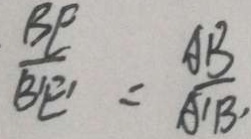
\frac { B E } { B ^ { \prime } E ^ { \prime } } = \frac { A B } { A ^ { \prime } B ^ { \prime } }